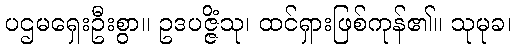
ပဌမရှေးဦးစွာ။ ဥဒပဇ္ဇိံသု၊ ထင်ရှားဖြစ်ကုန်၏။ သုမုခ၊